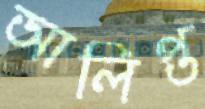
আলিপ্ত